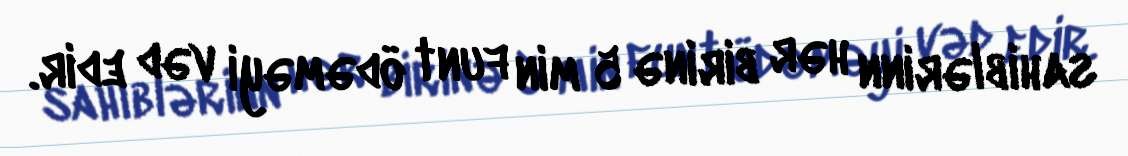
sahiblərinn hər birinə 5 min funt ödəməyi vəd edir.